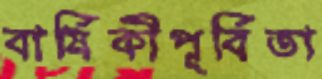
বার্ষিকীপূর্বিতা